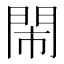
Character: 閙